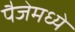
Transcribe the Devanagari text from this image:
पैजेमध्ये